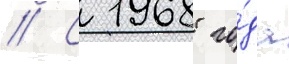
// С 1968 го́да